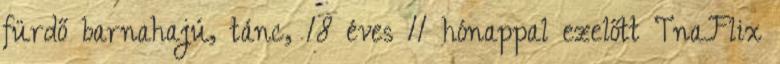
fürdő barnahajú, tánc, 18 éves 11 hónappal ezelőtt TnaFlix